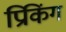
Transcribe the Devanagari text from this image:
प्रिकिंग